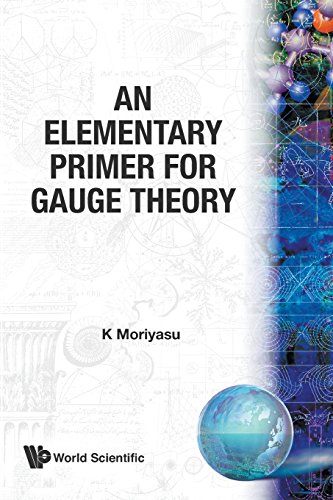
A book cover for Elementary Primer For Gauge Theory, An; K Moriyasu; Science & Math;